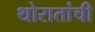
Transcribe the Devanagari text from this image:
थोरातांची